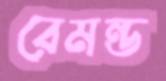
রেমন্ড